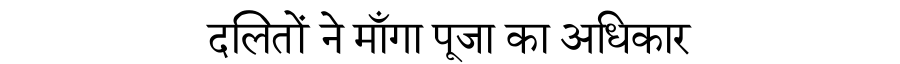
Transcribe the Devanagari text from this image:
दलितों ने माँगा पूजा का अधिकार